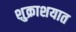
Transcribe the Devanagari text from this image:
शुक्राशयात